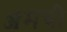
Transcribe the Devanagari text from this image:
ॲमची